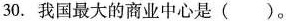
30.我国最大的商业中心是（）。